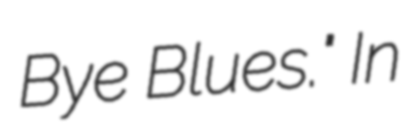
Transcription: Bye Blues." In